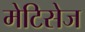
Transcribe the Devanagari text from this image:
मेटिसेज